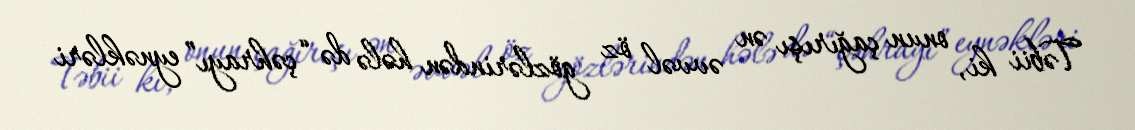
Təbii ki, onun çağırışı ən əvvəl öz gözlərindən hələ də “çəhrayı” eynəkləri